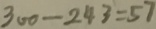
3 0 0 - 2 4 3 = 5 7